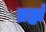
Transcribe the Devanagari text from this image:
ब्रह्मं